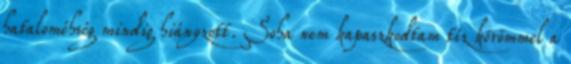
hataloméhség mindig hiányzott. Soha nem kapaszkodtam tíz körömmel a